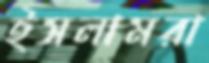
ইসলামরা